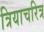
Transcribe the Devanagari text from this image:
त्रियाचरित्र